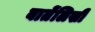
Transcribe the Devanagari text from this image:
बातेंलिखी